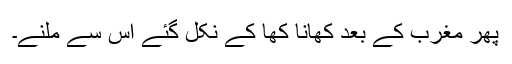
پھر مغرب کے بعد کھانا کھا کے نکل گئے اس سے ملنے۔